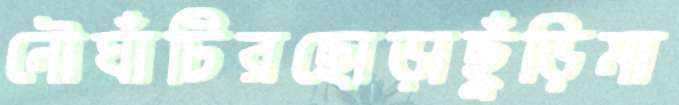
নৌঘাঁটিরছোড়াছুঁড়িমা